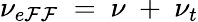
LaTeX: \nu_{e\mathcal{F}\mathcal{F}}~=~\nu~+~\nu_{t}